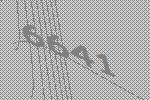
6641